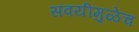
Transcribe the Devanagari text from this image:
सवयीमुळेच